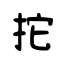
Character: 拕